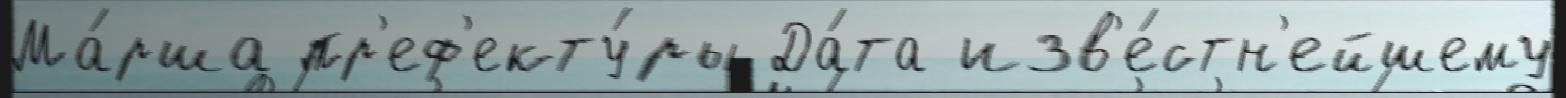
Ма́рша пр'еф'екту́ры Да́та изв'е́стн'ейшему